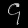
Digit: ၄